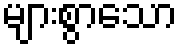
များစွာသော